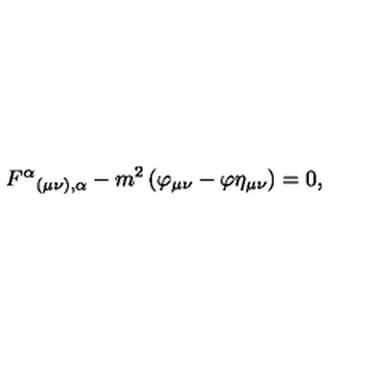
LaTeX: F ^ { \alpha } { } _ { ( \mu \nu ) , \alpha } - m ^ { 2 } \left( \varphi _ { \mu \nu } - \varphi \eta _ { \mu \nu } \right) = 0 ,